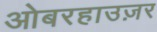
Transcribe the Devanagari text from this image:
ओबरहाउज़र